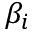
\beta _ { i }